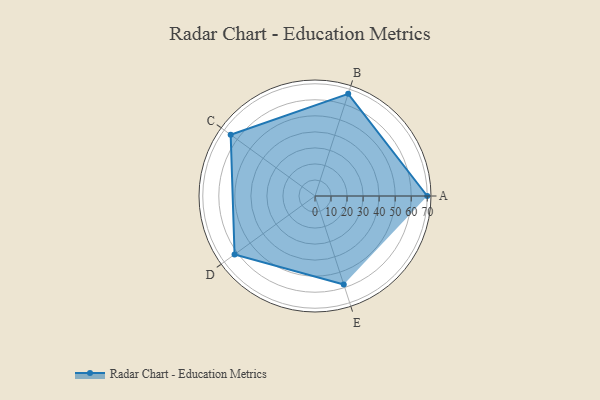
{"axis": {"x": "Skill", "y": "Score"}, "legend": ["Profile"], "data": [{"x": "A", "y": 70.0, "type": "Profile"}, {"x": "B", "y": 67.0, "type": "Profile"}, {"x": "C", "y": 65.0, "type": "Profile"}, {"x": "D", "y": 62.0, "type": "Profile"}, {"x": "E", "y": 58.0, "type": "Profile"}]}